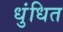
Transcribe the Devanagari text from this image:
धुंधित